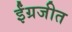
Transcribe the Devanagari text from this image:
ईंग्रजीत